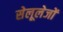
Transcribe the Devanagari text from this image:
सेलूलेजों